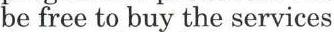
be free to buy the services